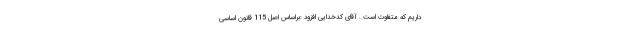
داریم که متفاوت است . آقای کدخدایی افزود :براساس اصل 115 قانون اساسی